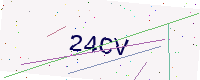
Text: 24CV